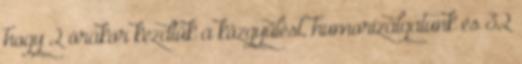
hogy 2 órakor kezdtük a közgyűlést, humorizálgatunk és 32